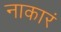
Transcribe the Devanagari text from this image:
नाकारं